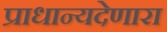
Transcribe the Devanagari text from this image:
प्राधान्यदेणारा